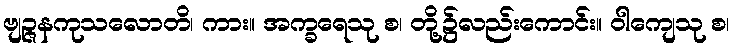
ဗျဉ္ဇနကုသလောတိ၊ ကား။ အက္ခရေသု စ၊ တို့၌လည်းကောင်း။ ဝါကျေသု စ၊